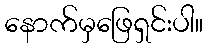
နောက်မှဖြေရှင်းပါ။